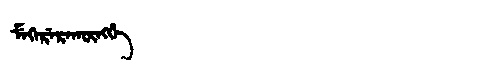
Manchu: ᠮᡝᡴᡝᡵᡝᡵᠠᡴᡡᠩᡤᡝ
Romanization: MEKERERAKŪNGGE